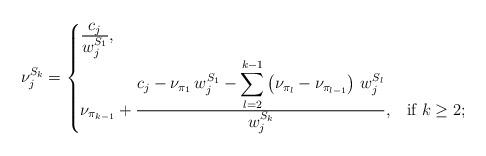
LaTeX: \begin{align*}\nu^{S_{k}}_j = \begin{cases}\frac{\displaystyle c_j}{\displaystyle w^{S_1}_j}, & \\\nu_{\pi_{k-1}}+ \frac{\displaystyle c_j - \nu_{\pi_1} \, w^{S_1}_j - \sum_{l=2}^{k-1} \left(\nu_{\pi_{l}} - \nu_{\pi_{l-1}}\right) \, w^{S_{l}}_j}{\displaystyle w^{S_{k}}_j}, & \text{if $k \geq 2$}; \end{cases}\end{align*}